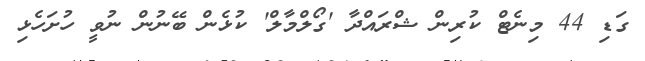
ގަޑި 44 މިނެޓް ކުރިން ޝްރައްދާ 'ގޯލްމާލް' ކުޅެން ބޭނުން ނުވީ ހުށަހެޅި